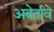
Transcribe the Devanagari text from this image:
अबेर्तावे